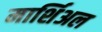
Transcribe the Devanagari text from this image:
मार्शिअल